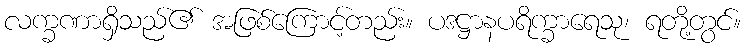
လက္ခဏာရှိသည်၏ အဖြစ်ကြောင့်တည်း။ ပဒဋ္ဌာနပရိက္ခာရေသု၊ ရတို့တွင်။